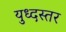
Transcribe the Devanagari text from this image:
युध्दस्तर